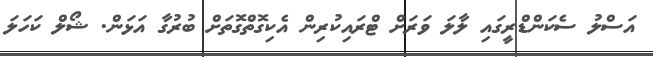
އަސްލު ސެކަންޑްރީގައި ލާލަ ވަރަށް ޓްރައިކުރިން އެކިގޮތްގޮތަށް ބުރުގާ އަޅަން. ޝޯލް ކަހަލަ